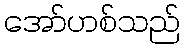
အော်ဟစ်သည်